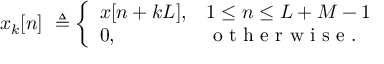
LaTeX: x _ { k } [ n ] \ \triangleq { \left\{ \begin{array} { l l } { x [ n + k L ] , } & { 1 \leq n \leq L + M - 1 } \\ { 0 , } & { { \textrm { o t h e r w i s e } } . } \end{array} \right. }